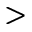
>